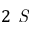
2 \textit { S }